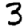
Digit: 3